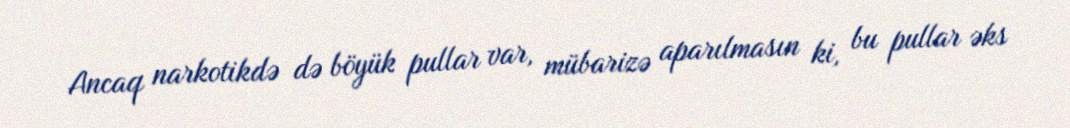
Ancaq narkotikdə də böyük pullar var, mübarizə aparılmasın ki, bu pullar əks